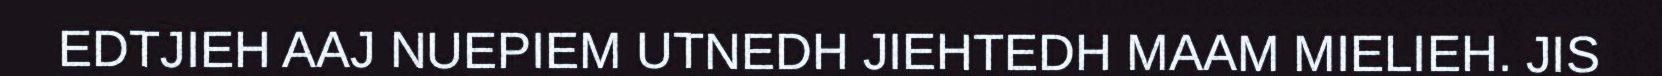
EDTJIEH AAJ NUEPIEM UTNEDH JIEHTEDH MAAM MIELIEH. JIS